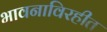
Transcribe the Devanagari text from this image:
भावनाविरहीत